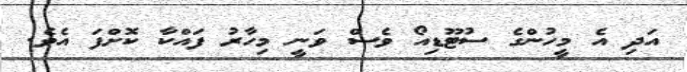
އަދި އެ މީހުންގެ ސުޓޫޑިއޯ ވެސް ވަނީ މިހާރު ފައްކާ ކޮށްފަ އެވެ.